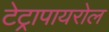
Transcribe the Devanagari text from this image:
टेट्रापायरोल